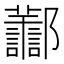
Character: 𨟪